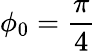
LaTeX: \phi_{0}=\frac{\pi}{4}